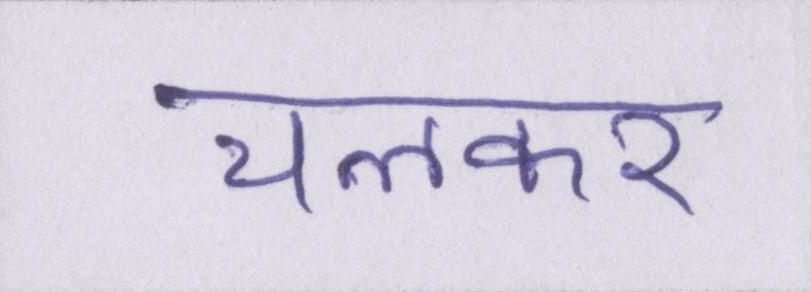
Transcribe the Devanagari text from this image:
चलकर